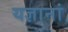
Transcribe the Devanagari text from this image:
यज्ञानां